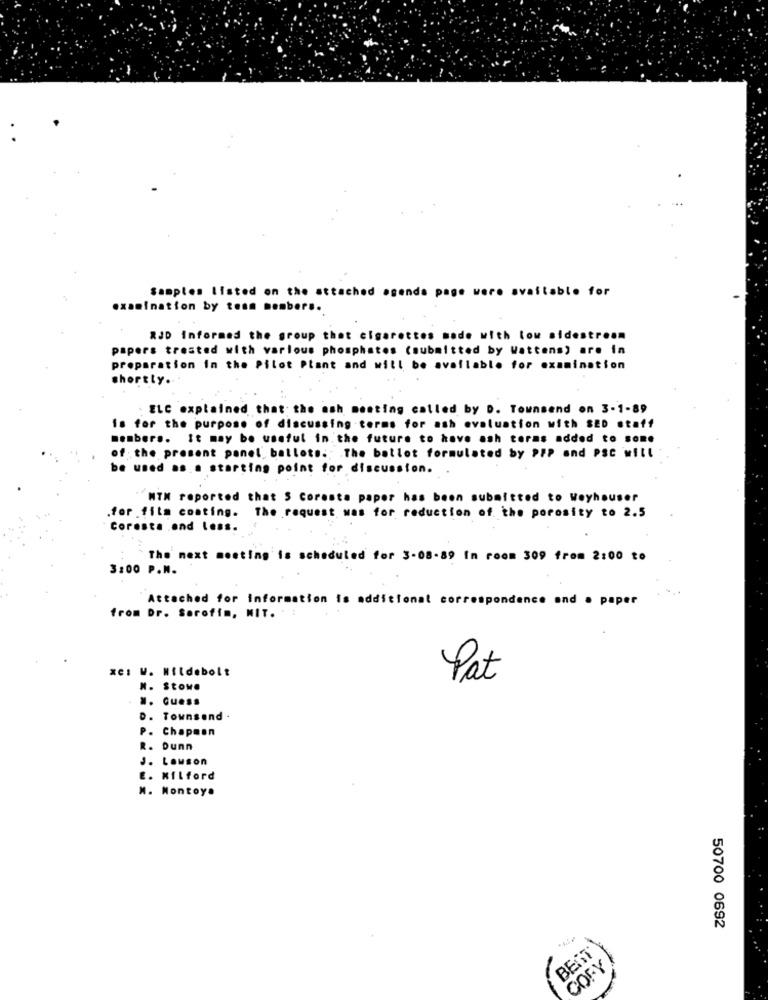
Samples listed on the attached agenda page were available for
xamination by team members.
RJD Informed the group that cigarettes made with low sidestream
papers trested with various phosphates (submitted by Wattens) are in
preparation in the Pilot Plant and will be available for examination
shortly ...
ELC explained that the ash meeting called by D. Townsend on 3-1-89
Is for the purpose of discussing terms for ash evaluation with SED staff
members. It may be useful in the future to have ash toras added to some
of the present panel ballots .; The ballot formulated by PFP and PSC will
be used as .. starting point for discussion.
NTM reported that S Coresta paper has been submitted to Weyhauser
.for fita coating. The request was for reduction of the porosity to 2.5
Coresta ond Less.
The next meeting is scheduled for 3-08-89 In room 309 from 2:00 to
3:00 P.M.
Attached for Information Is additional correspondence and . paper
from Dr. Sorofim, MIT.
xe: W. Wildebolt
Pat
N. Stow.
.. Guess
D. Townsend .
P. Chapman
R. Dunn
J. Lawson
E. Kilford
M. Montoy.
50700 0692
BEST
1:00